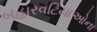
બહારવટિયાઓના